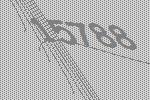
15788